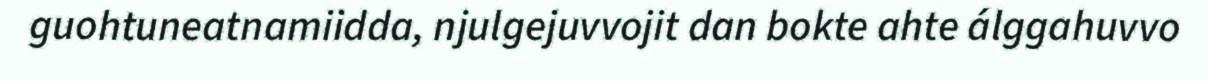
guohtuneatnamiidda, njulgejuvvojit dan bokte ahte álggahuvvo